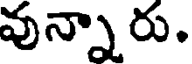
వున్నారు.